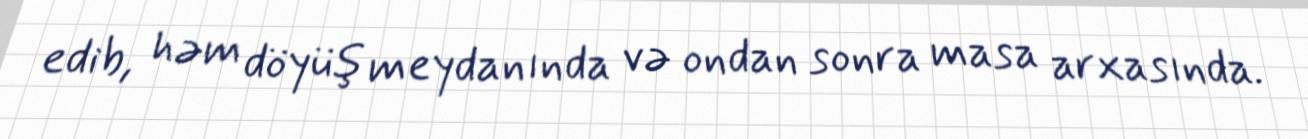
edib, həm döyüş meydanında və ondan sonra masa arxasında.